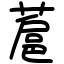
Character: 蔰